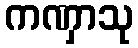
ကဏှာသု